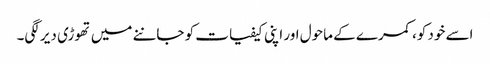
اسے خود کو، کمرے کے ماحول اور اپنی کیفیات کو جاننے میں تھوڑی دیر لگی۔